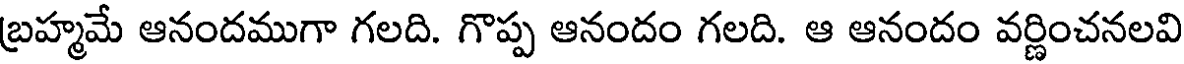
బ్రహ్మమే ఆనందముగా గలది. గొప్ప ఆనందం గలది. ఆ ఆనందం వర్ణించనలవి